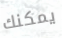
يمكنك